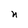
Character: n